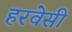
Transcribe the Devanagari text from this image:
हरवेसी